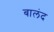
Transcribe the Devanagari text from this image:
बालंद